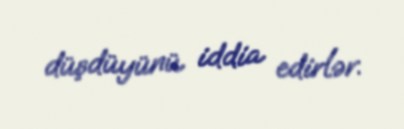
düşdüyünü iddia edirlər.